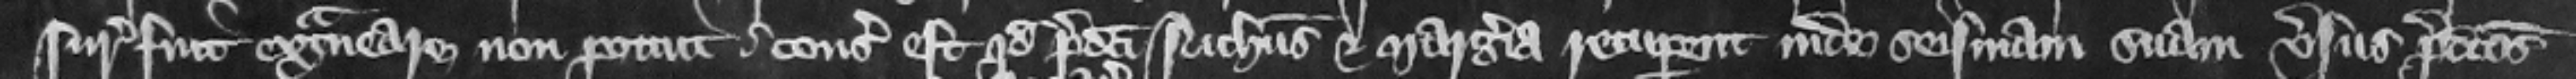
suro extraneare non potuit consideratum est quod predicti Nicholaus et Margeria recuperent inde seisinam suam versus predictos